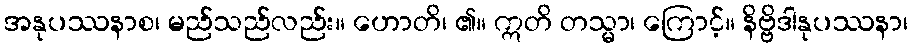
အနုပဿနာစ၊ မည်သည်လည်း။ ဟောတိ၊ ၏။ ဣတိ တသ္မာ၊ ကြောင့်။ နိဗ္ဗိဒါနုပဿနာ၊